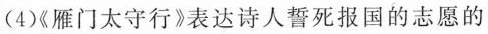
(4)雁门太守行》表达诗人誓死报国的